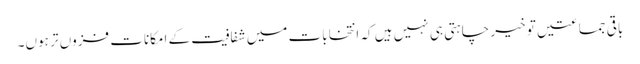
باقی جماعتیں تو خیر چاہتی ہی نہیں ہیں کہ انتخابات میں شفافیت کے امکانات فزوں تر ہوں۔